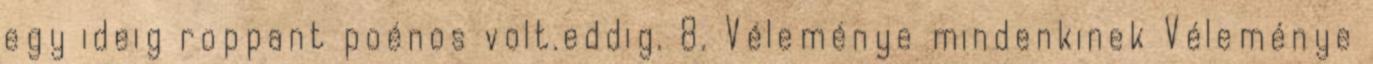
egy ideig roppant poénos volt.eddig. 8. Véleménye mindenkinek Véleménye